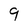
Character: 9